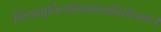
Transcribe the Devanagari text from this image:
क्रियामूर्तिर्न्यायवाक्यनियोजकः।